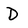
Character: D